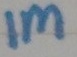
Text: 1M